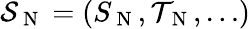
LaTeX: \mathcal{S}_{\mathrm{~N~}}=(S_{\mathrm{~N~}},\mathcal{T}_{\mathrm{~N~}},\dots)